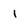
Character: 1